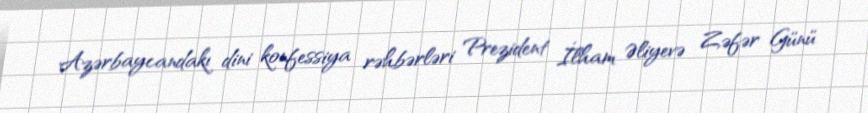
Azərbaycandakı dini konfessiya rəhbərləri Prezident İlham Əliyevə Zəfər Günü